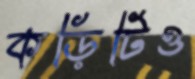
কড়িটিও